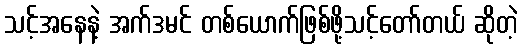
သင့်အနေနဲ့ အက်ဒမင် တစ်ယောက်ဖြစ်ဖို့သင့်တော်တယ် ဆိုတဲ့